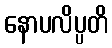
နောပလိပ္ပတိ